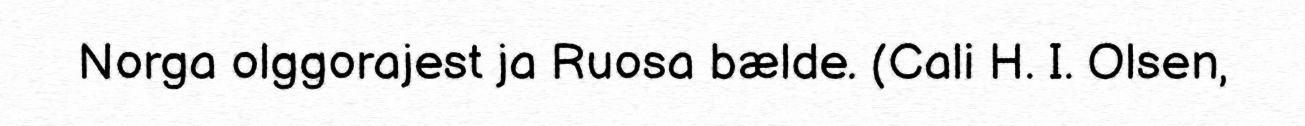
Norga olggorajest ja Ruosa bælde. (Cali H. I. Olsen,